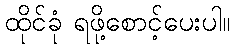
ထိုင်ခုံ ရဖို့စောင့်ပေးပါ။